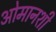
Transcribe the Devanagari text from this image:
ओमानशी